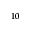
^ { 1 0 }